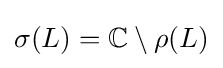
\sigma (L)=\mathbb {C} \setminus \rho (L)